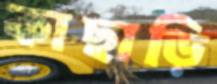
কাছাড়ি